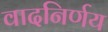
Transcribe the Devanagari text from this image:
वादनिर्णय